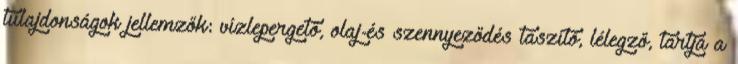
tulajdonságok jellemzők: vízlepergető, olaj-és szennyeződés taszító, lélegző, tartja a